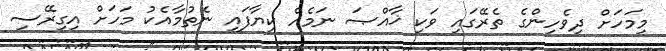
މިމަހަށް ދިވެހިންގެ ތެރޭގައި ވަކި ޚާއްޞަ ނަމެއް ކިޔާފައި ނެތުމާއެކު މަހަށް އިގިރޭސި